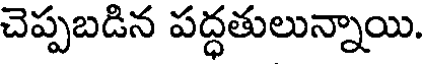
చెప్పబడిన పద్ధతులున్నాయి.